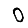
Digit: 0